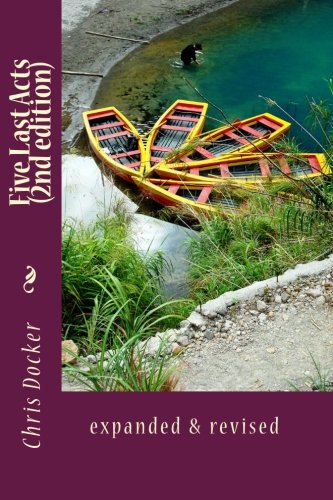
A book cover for Five Last Acts (2nd edition): expanded & revised; Chris Docker; Law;